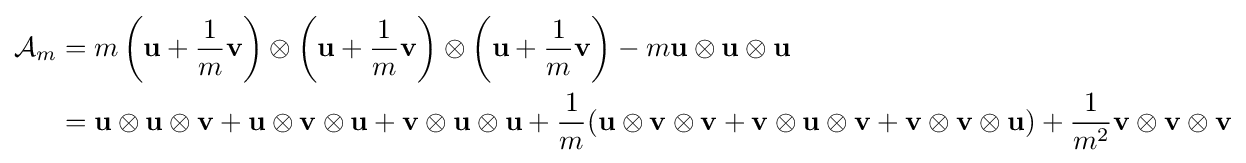
{\begin{aligned}{\mathcal {A}}_{m}&=m\left(\mathbf {u} +{\frac {1}{m}}\mathbf {v} \right)\otimes \left(\mathbf {u} +{\frac {1}{m}}\mathbf {v} \right)\otimes \left(\mathbf {u} +{\frac {1}{m}}\mathbf {v} \right)-m\mathbf {u} \otimes \mathbf {u} \otimes \mathbf {u} \\&=\mathbf {u} \otimes \mathbf {u} \otimes \mathbf {v} +\mathbf {u} \otimes \mathbf {v} \otimes \mathbf {u} +\mathbf {v} \otimes \mathbf {u} \otimes \mathbf {u} +{\frac {1}{m}}(\mathbf {u} \otimes \mathbf {v} \otimes \mathbf {v} +\mathbf {v} \otimes \mathbf {u} \otimes \mathbf {v} +\mathbf {v} \otimes \mathbf {v} \otimes \mathbf {u} )+{\frac {1}{m^{2}}}\mathbf {v} \otimes \mathbf {v} \otimes \mathbf {v} \end{aligned}}